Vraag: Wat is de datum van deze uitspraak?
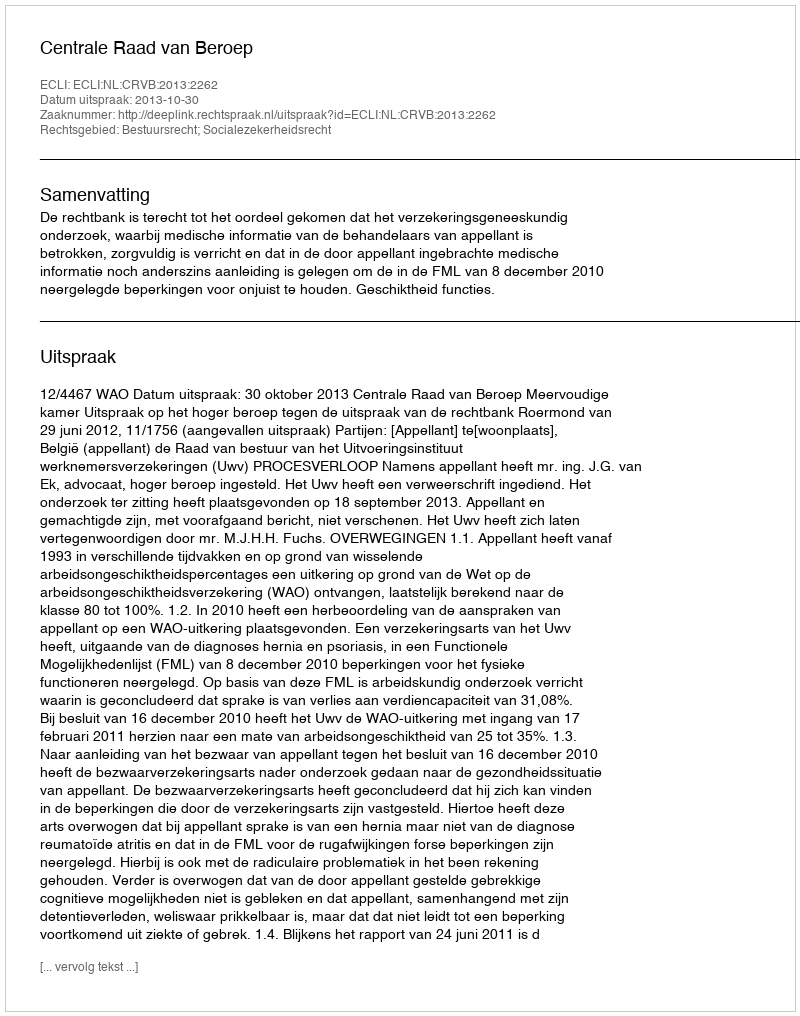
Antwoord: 2013-10-30